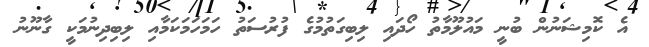
އެ ކޮމިޝަނުން ބުނީ މައުލޫމާތު ހޯދައި ލިބިގަތުމުގެ ފުރުސަތު ހަމަހަމަކަމާއި ލިބިދިނުމަކީ ގާނޫނު